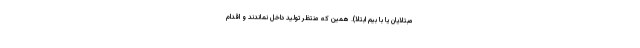
مبتلایان یا با بیم ابتلا). همین که منتظر تولید داخل نماندند و اقدام